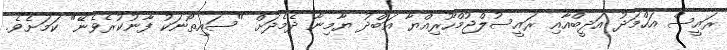
ރައީސް އަހްމަދު އަދީބްއާއި ރައީސުލްޖުމްހޫރިއްޔާ އަބްދު ޔާމިނާ ދެމެދަށް "ސައިތޯނަކު ފާނުކުރެވެނޭ" ކަމަށެވެ.